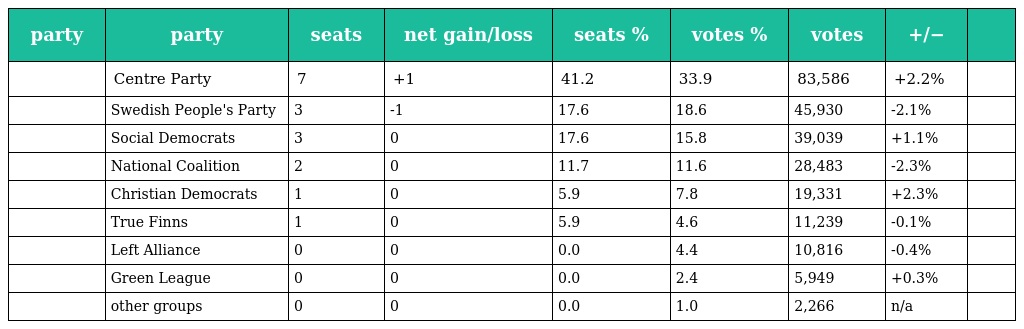
| party | party | seats | net gain/loss | seats % | votes % | votes | +/− |  |
 | --- | --- | --- | --- | --- | --- | --- | --- | --- |
 |  | Centre Party | 7 | +1 | 41.2 | 33.9 | 83,586 | +2.2% |  |
 |  | Swedish People's Party | 3 | -1 | 17.6 | 18.6 | 45,930 | -2.1% |  |
 |  | Social Democrats | 3 | 0 | 17.6 | 15.8 | 39,039 | +1.1% |  |
 |  | National Coalition | 2 | 0 | 11.7 | 11.6 | 28,483 | -2.3% |  |
 |  | Christian Democrats | 1 | 0 | 5.9 | 7.8 | 19,331 | +2.3% |  |
 |  | True Finns | 1 | 0 | 5.9 | 4.6 | 11,239 | -0.1% |  |
 |  | Left Alliance | 0 | 0 | 0.0 | 4.4 | 10,816 | -0.4% |  |
 |  | Green League | 0 | 0 | 0.0 | 2.4 | 5,949 | +0.3% |  |
 |  | other groups | 0 | 0 | 0.0 | 1.0 | 2,266 | n/a |  |